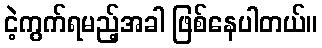
ငဲ့ကွက်ရမည့်အခါ ဖြစ်နေပါတယ်။